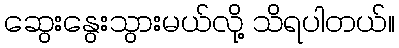
ဆွေးနွေးသွားမယ်လို့ သိရပါတယ်။